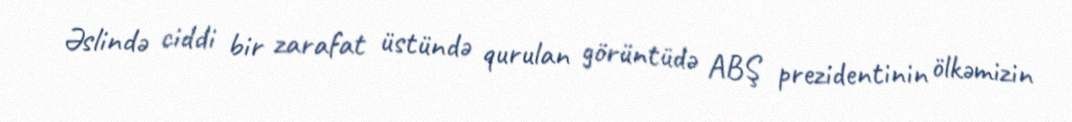
Əslində ciddi bir zarafat üstündə qurulan görüntüdə ABŞ prezidentinin ölkəmizin